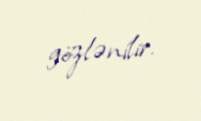
gözlənilir.